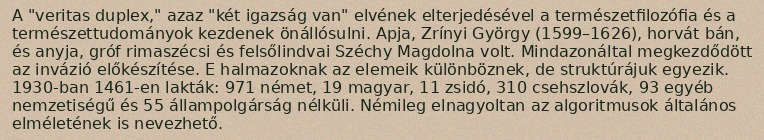
A "veritas duplex," azaz "két igazság van" elvének elterjedésével a természetfilozófia és a természettudományok kezdenek önállósulni. Apja, Zrínyi György (1599–1626), horvát bán, és anyja, gróf rimaszécsi és felsőlindvai Széchy Magdolna volt. Mindazonáltal megkezdődött az invázió előkészítése. E halmazoknak az elemeik különböznek, de struktúrájuk egyezik. 1930-ban 1461-en lakták: 971 német, 19 magyar, 11 zsidó, 310 csehszlovák, 93 egyéb nemzetiségű és 55 állampolgárság nélküli. Némileg elnagyoltan az algoritmusok általános elméletének is nevezhető.